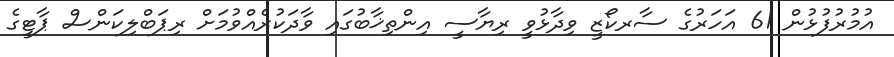
އުމުރުފުޅުން 61 އަހަރުގެ ސާރކޯޒީ ވިދާޅުވީ ރިޔާސީ އިންތިޚާބުގައި ވާދަކުރެއްވުމަށް ރިޕަބްލިކަންސް ޕާޓީގެ